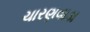
ચારણવાડા